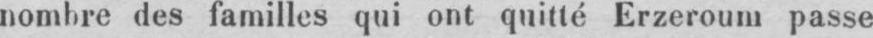
nombre des familles qui ont quitté Erzeroum passe